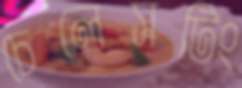
চেলেসটিং